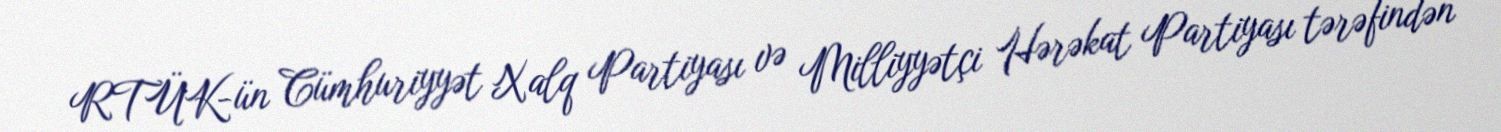
RTÜK-ün Cümhuriyyət Xalq Partiyası və Milliyyətçi Hərəkat Partiyası tərəfindən